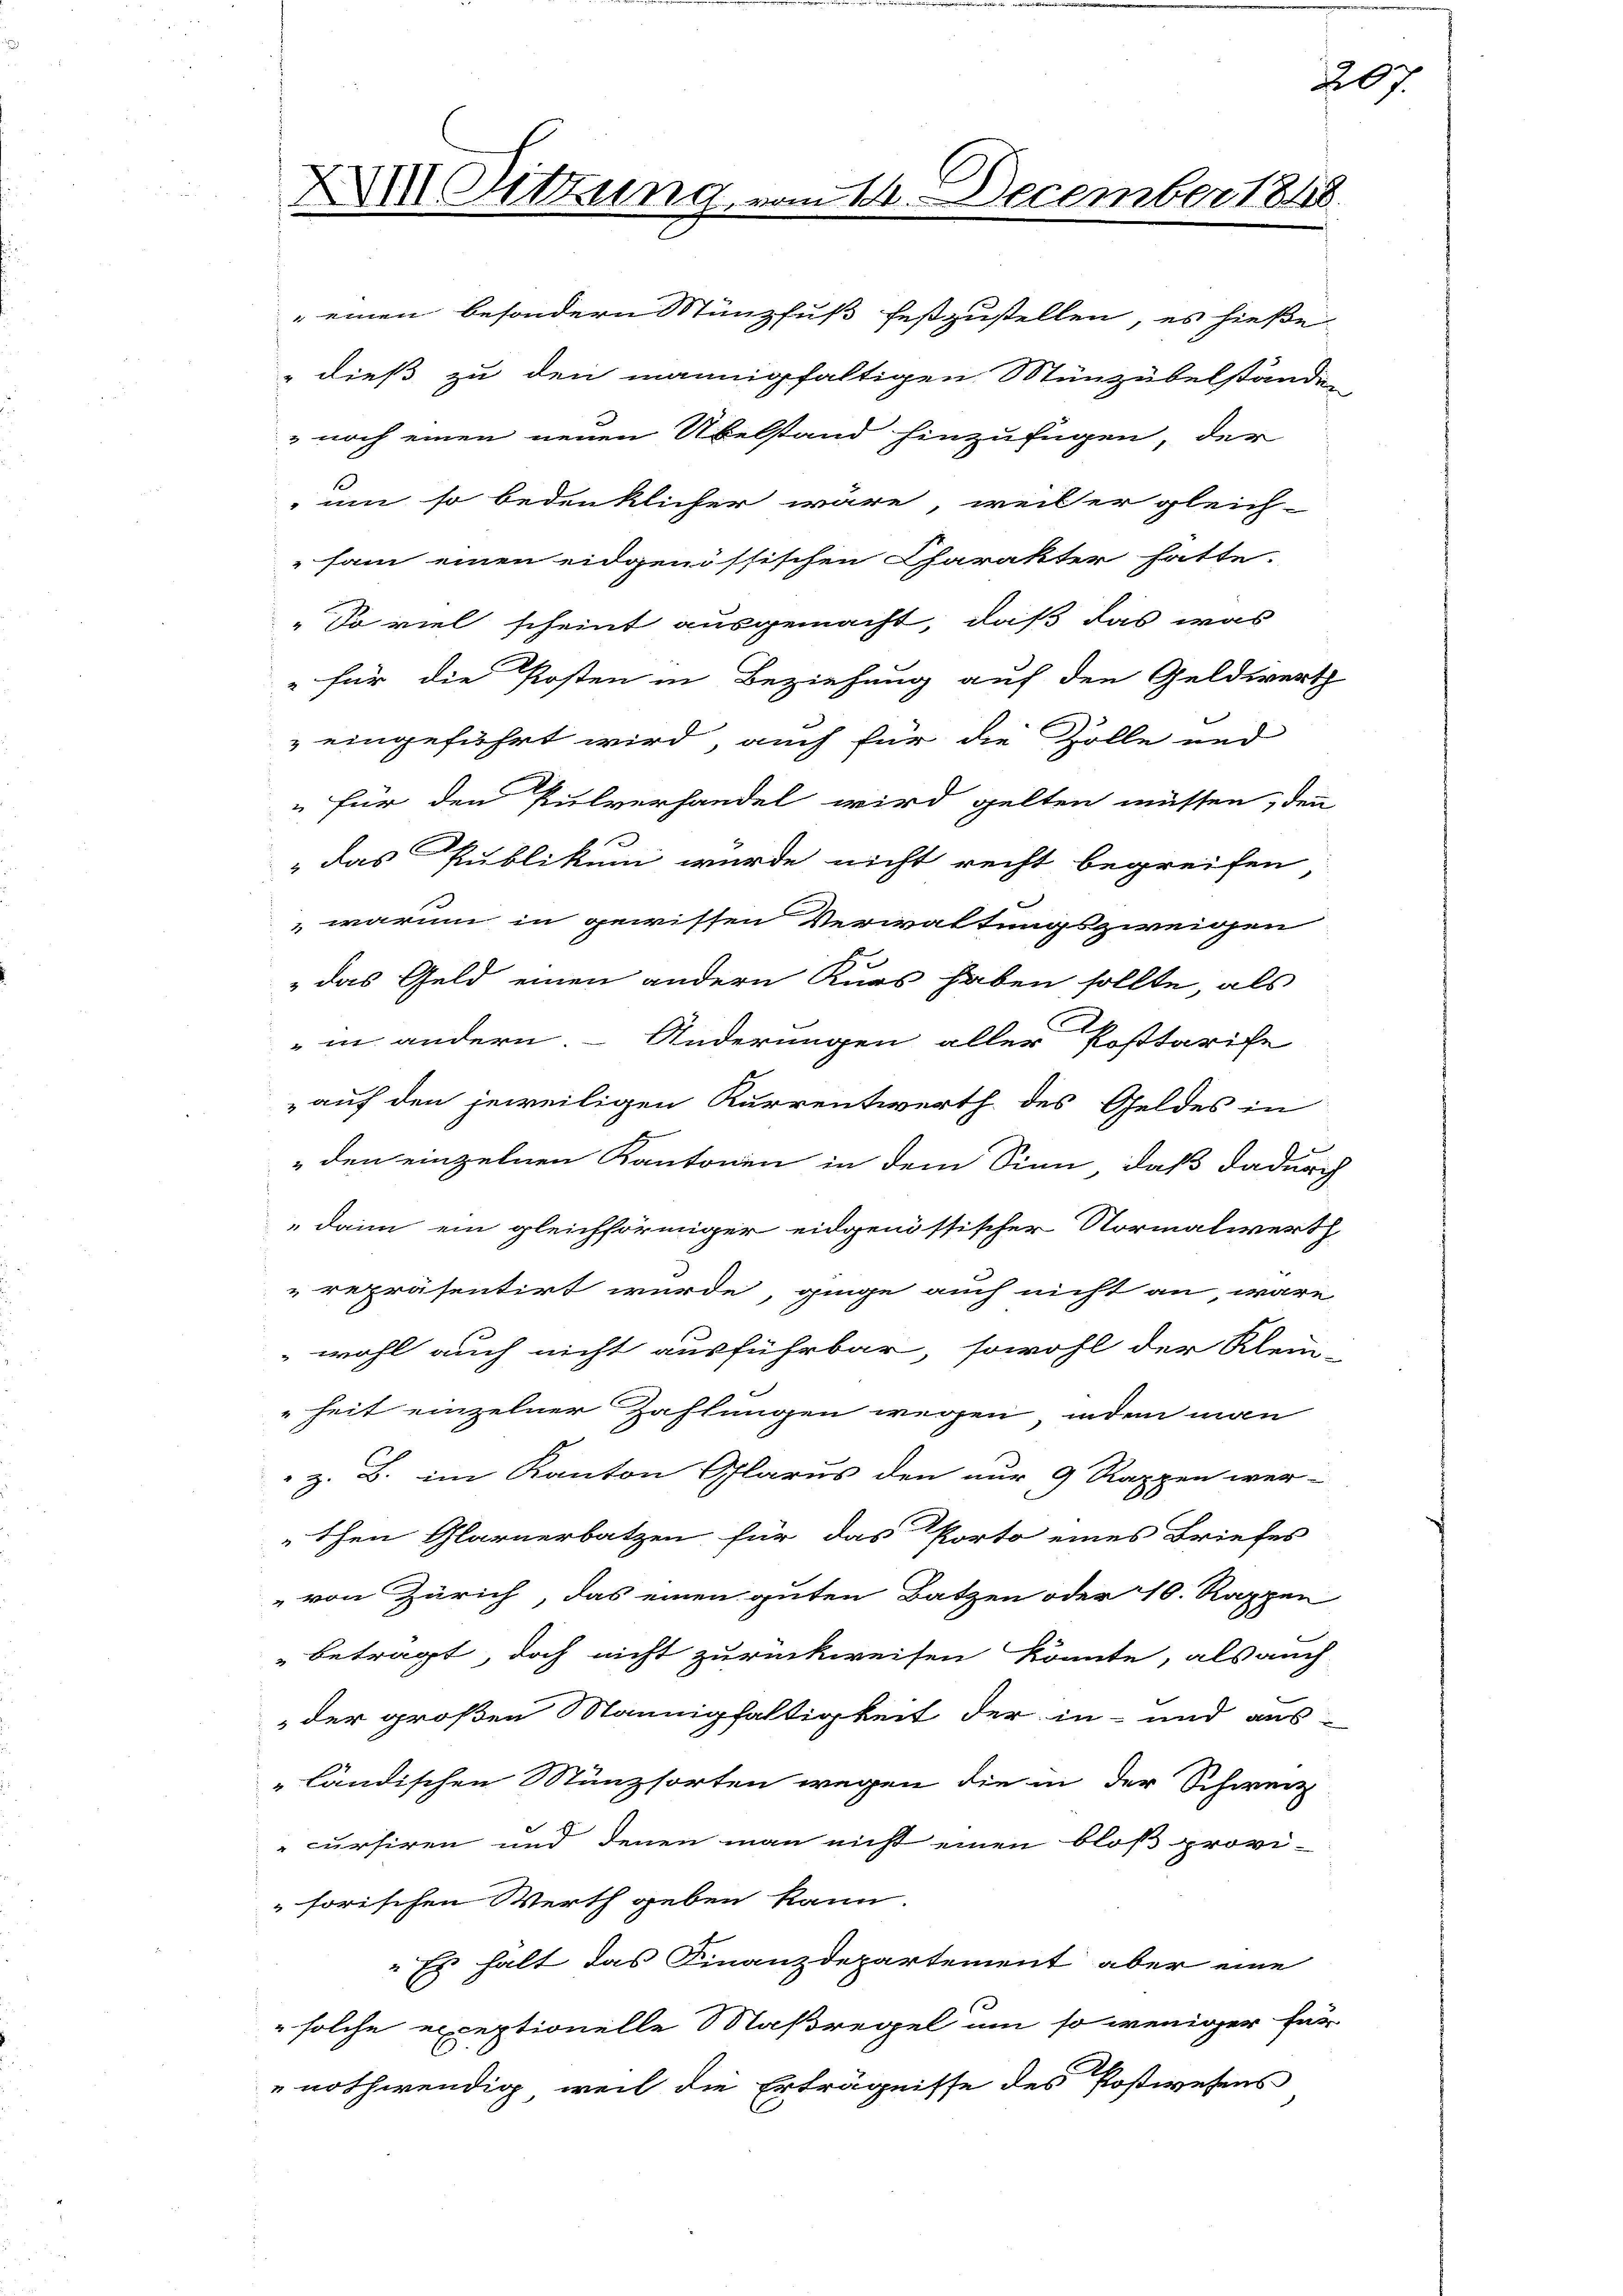
" dieß zu den mannigfaltigen Münzübelständen
 noch einen neuen Übelstand hinzufügen, der
1
um so bedenklicher wäre, weil er gleich-
sam einen eidgenössischen Charakter hatte.
"So viel scheint ausgemacht, daß das was
" für die Posten in Beziehung auf den Geldwerth
eingeführt wird, auch für die Zolle und
" für den Pulverhandel wird gelten müssen, denn
 das Publikum wurde nicht recht begreifen
warum in gewissen Verwaltungszweigen
das Geld einen andern Kurs haben sollte, als
in andern. Änderungen aller Posttarife
auf den jeweiligen Kurrentwerth des Geldes in
" den einzelnen Kantonen in dem Sinn, daß dadurch
dann ein gleichförmiger eidgenössischer Normalwerth
repräsentirt wurde, ginge auch nicht an, wäre
wohl auch nicht ausführbar, sowohl der Klein-
heit einzelner Zahlungen wegen, inden man
 z. B. im Kanton Glarus den nur 9 Rappen wer-
schen Glarnerbatzen für das Porto eines Briefes
" von Zürich, das einen guten Batzen oder 10. Rappen
betragt, doch nicht zurückweisen könnte, als auch
der großen Mannigfaltigkeit der in- und aus-
ländischen Münzsorten wegen die in der Schwer
cursiren und denen man nicht einen bloß provi-
"sorischen Werth geben kann.
" Es halt das Finanzdepartement aber eine
" solche exceptionelle Staßregel um so weniger für
nothwendig, weil die Erträgnisse des Postwesens

XXIII Sitzung

m 14. December 1818.

einen besondern Münzfuß festzustellen, es hieße

207